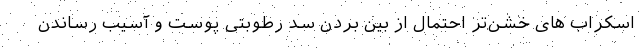
اسکراب های خشن‌تر احتمال از بین بردن سد رطوبتی پوست و آسیب رساندن